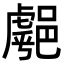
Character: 𨝞